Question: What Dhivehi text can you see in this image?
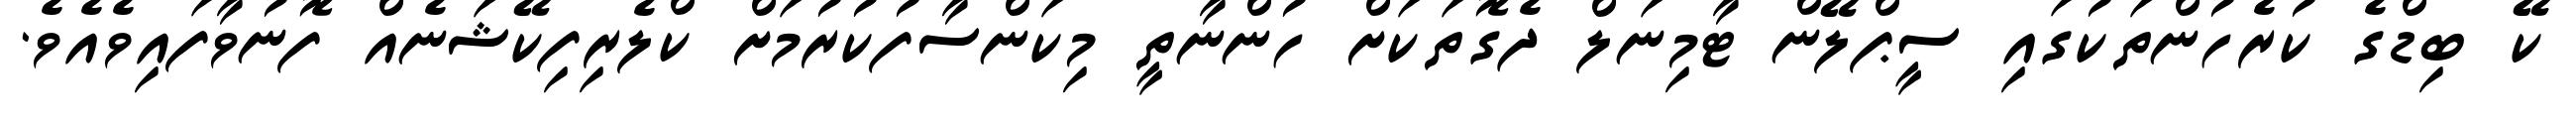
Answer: ކޭ ބިޑްގެ ކުރެހުންތަކުގައި ސީޕްލޭން ޓާމިނަލް ދެގޮތަކަށް ހުންނާތީ މިކަންސާފުކުރުމަށް ކްލެރިފިކޭޝަނެއް ފޮނުވާފައިވެއެވެ.